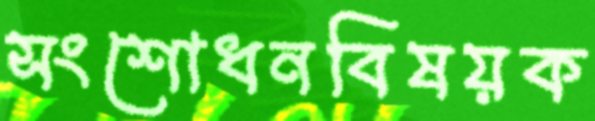
সংশোধনবিষয়ক